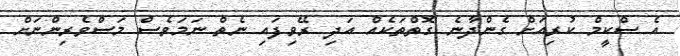
އެ ސްކީމް ކުރިއަށް ގެންދާނެ ގޮތްތަކެއް އަދި ރޭވިފައި ނެތް ނަމަވެސް މަސްވެރިންނަށް